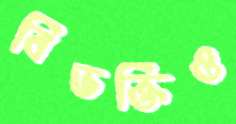
বিভক্তিও